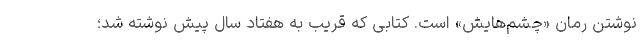
نوشتن رمان «چشم‌هایش» است. کتابی که قریب به هفتاد سال پیش نوشته شد؛